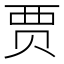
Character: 贾